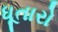
ધૂતારો